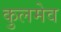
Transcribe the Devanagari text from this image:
कुलमेव